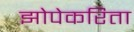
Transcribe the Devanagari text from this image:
झोपेकरिता